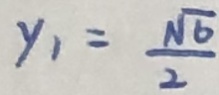
y _ { 1 } = \frac { \sqrt { 6 } } { 2 }